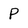
Character: P